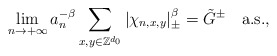
\begin{align*} \lim_{n\rightarrow +\infty}a_n^{-\beta}\sum_{x,y\in\mathbb Z^{d_0}}|\chi_{n,x,y}|_{\pm}^\beta=\tilde G^\pm\ \ \ \mbox{a.s.} ,\end{align*}